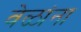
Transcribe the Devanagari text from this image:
वेळांना